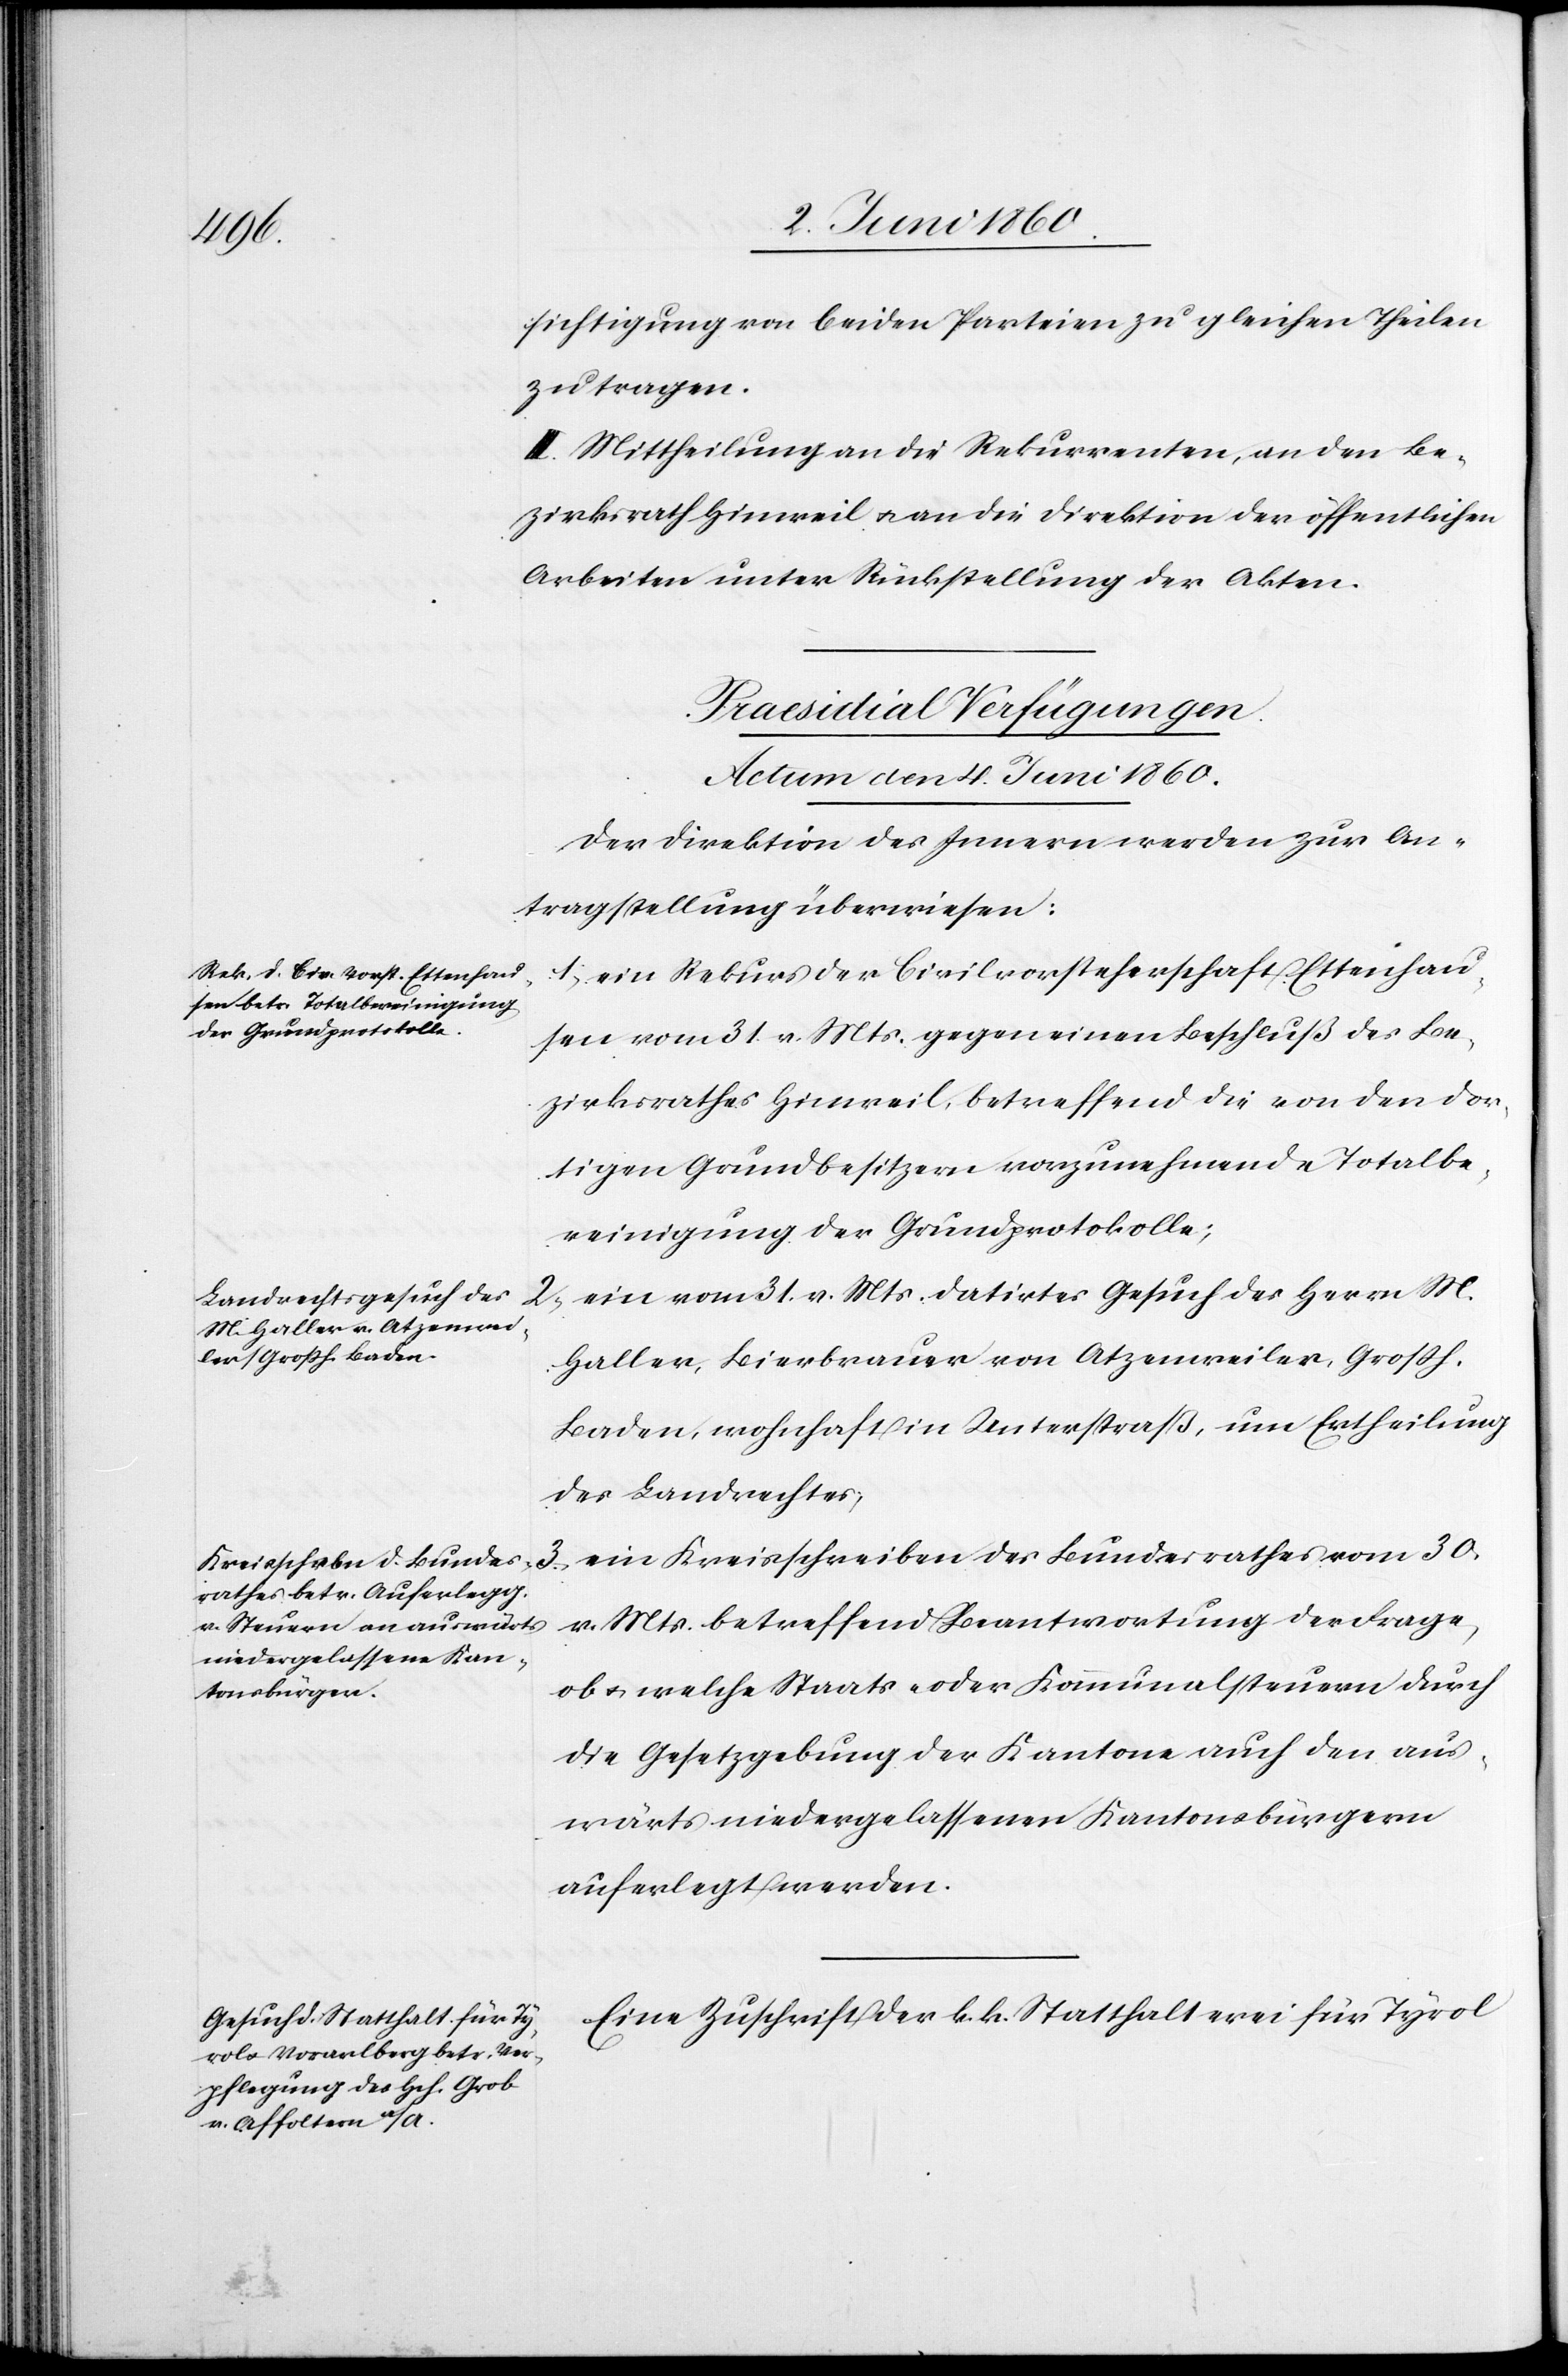
sichtigung von beiden Parteien zu gleichen Theilen
zu tragen.
III. Mittheilung an die Rekurrenten, an den Be¬
zirksrath Hinweil u. an die Direktion der öffentlichen
Arbeiten unter Rückstellung der Akten.
[Praesidial Verfügungen.
Actum den 4. Juni 1860.]
Der Direktion des Innern werden zur An¬
tragstellung überwiesen:
1. ein Rekurs der Civilvorsteherschaft Ettenhau¬
sen vom 31. v. Mts. gegen einen Beschluß des Be¬
zirksrathes Hinweil, betreffend die von den dor¬
tigen Grundbesitzern vorzunehmende Totalbe¬
reinigung der Grundprotokolle;
2. ein vom 31. v. Mts. datirtes Gesuch des Herrn M.
Haller, Bierbrauer von Atzenweiler, Großh.
Baden, wohnhaft in Unterstrass, um Ertheilung
des Landrechtes;
3. Ein Kreisschreiben des Bundesrathes vom 30.
v. Mts. betreffend Beantwortung der Frage,
ob u. welche Staats- oder Kommunalsteuern durch
die Gesetzgebung der Kantone auch den aus¬
wärts niedergelassenen Kantonsbürgern
auferlegt werden.
Eine Zuschrift der k. k. Statthalterei für Tyrol